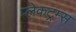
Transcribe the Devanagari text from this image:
प्लेकट्रम्स